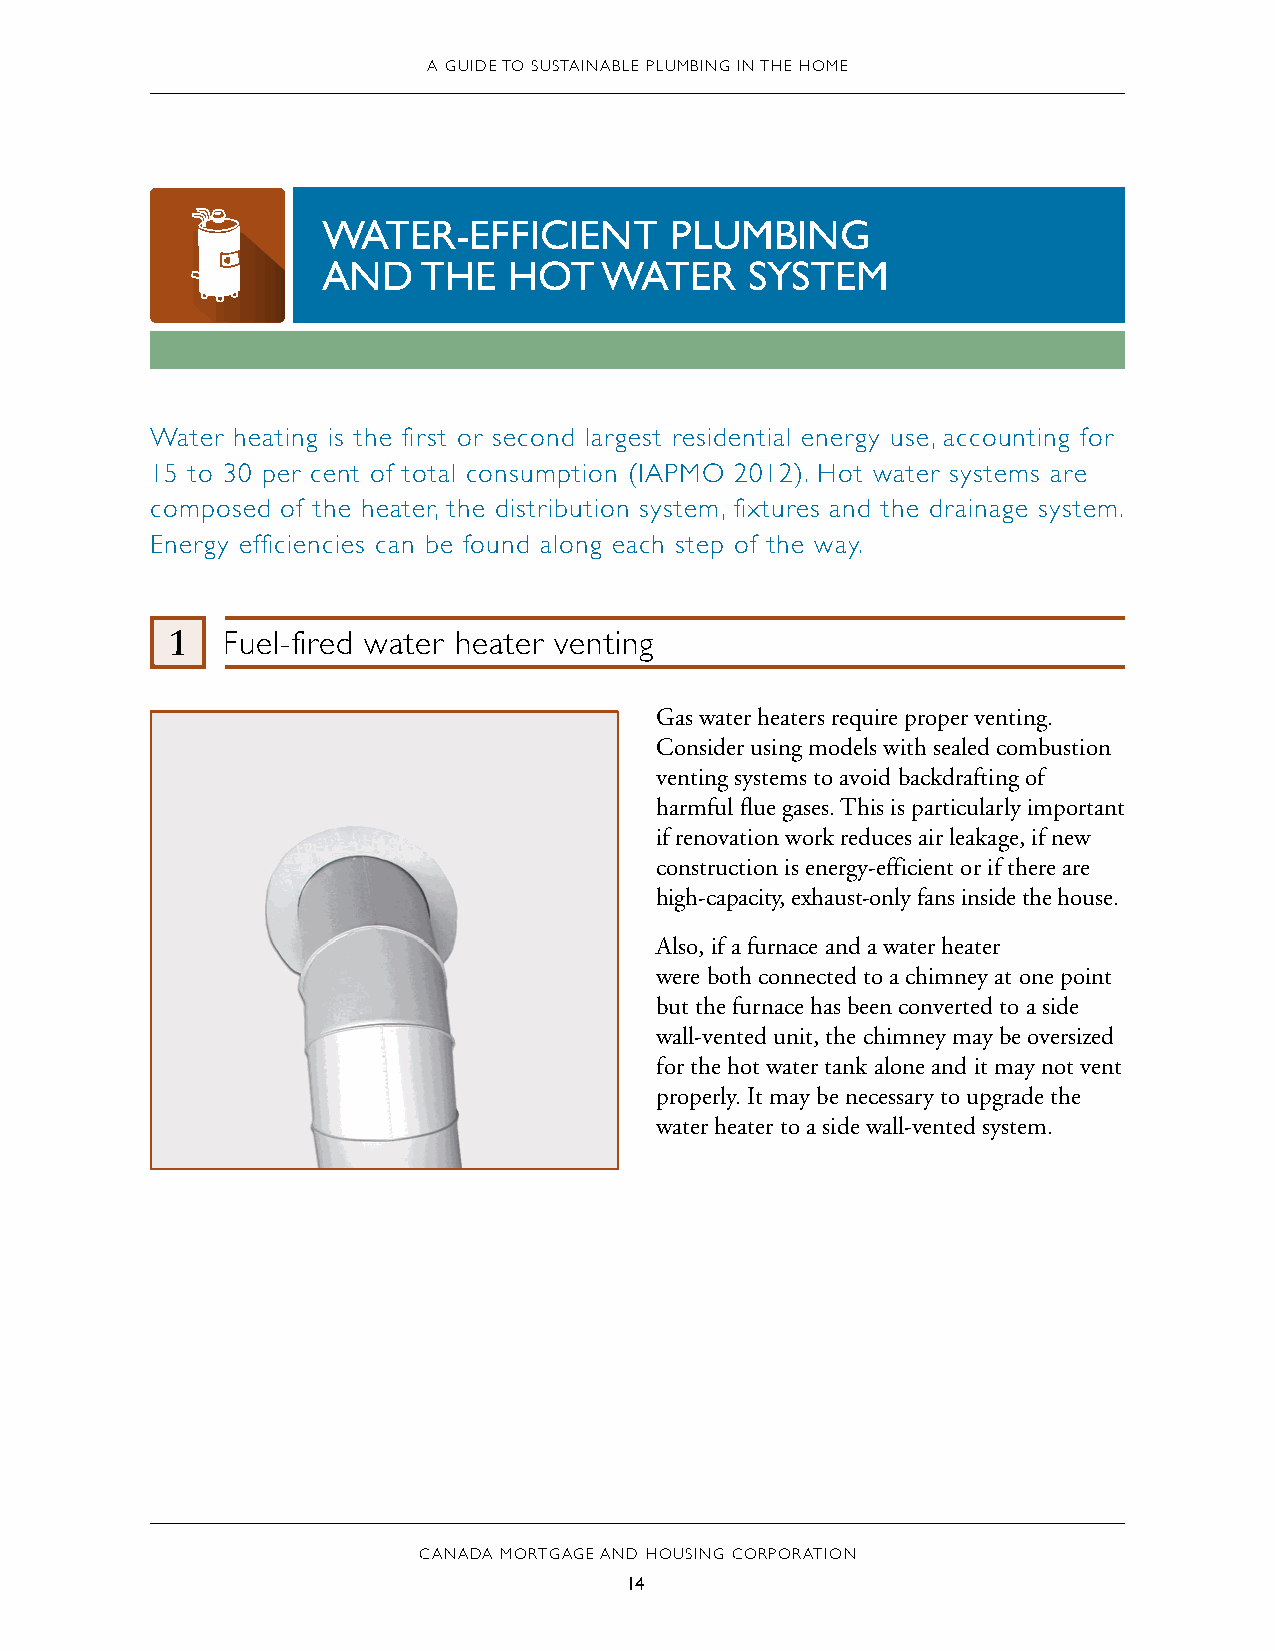
A GUIDE TO SUSTAINABLE PLUMBING IN THE HOME
 WATER-EFFICIENT        PLUMBING
 AND    THE   HOT   WATER    SYSTEM
 Water heating is the first or second largest residential energy use, accounting for
 15 to 30 per cent of total consumption (IAPMO 2012). Hot water systems are
 composed of the heater, the distribution system, fixtures and the drainage system.
 Energy efficiencies can be found along each step of the way.
 1   Fuel-fired water heater venting
 Gas water heaters require proper venting.
 Consider using models with sealed combustion
 venting systems to avoid backdrafting of
 harmful flue gases. This is particularly important
 if renovation work reduces air leakage, if new
 construction is energy-efficient or if there are
 high-capacity, exhaust-only fans inside the house.
 Also, if a furnace and a water heater
 were both connected to a chimney at one point
 but the furnace has been converted to a side
 wall-vented unit, the chimney may be oversized
 for the hot water tank alone and it may not vent
 properly. It may be necessary to upgrade the
 water heater to a side wall-vented system.
 CANADA MORTGAGE AND HOUSING CORPORATION
 14